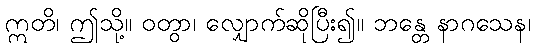
ဣတိ၊ ဤသို့။ ဝတွာ၊ လျှောက်ဆိုပြီး၍။ ဘန္တေ နာဂသေန၊